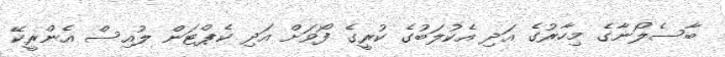
ބާސެލޯނާގެ މިހާރުގެ އަދި އެކުލަބުގެ ކުރީގެ ފޯވަށް އަދި ކެޕްޓަން ލުއިސް އެންރީކޭ